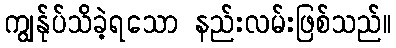
ကျွန်ုပ်သိခဲ့ရသော နည်းလမ်းဖြစ်သည်။